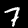
Digit: 7